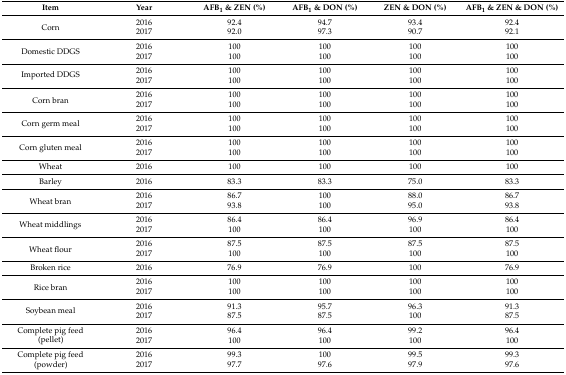
<table><thead><tr><td><b>Item</b></td><td><b>Year</b></td><td><b>AFB<sub>1</sub> &amp; ZEN (%)</b></td><td><b>AFB<sub>1</sub> &amp; DON (%)</b></td><td><b>ZEN &amp; DON (%)</b></td><td><b>AFB<sub>1</sub> &amp; ZEN &amp; DON (%)</b></td></tr></thead><tbody><tr><td rowspan="2">Corn</td><td>2016</td><td>92.4</td><td>94.7</td><td>93.4</td><td>92.4</td></tr><tr><td>2017</td><td>92.0</td><td>97.3</td><td>90.7</td><td>92.1</td></tr><tr><td rowspan="2">Domestic DDGS</td><td>2016</td><td>100</td><td>100</td><td>100</td><td>100</td></tr><tr><td>2017</td><td>100</td><td>100</td><td>100</td><td>100</td></tr><tr><td rowspan="2">Imported DDGS</td><td>2016</td><td>100</td><td>100</td><td>100</td><td>100</td></tr><tr><td>2017</td><td>100</td><td>100</td><td>100</td><td>100</td></tr><tr><td rowspan="2">Corn bran</td><td>2016</td><td>100</td><td>100</td><td>100</td><td>100</td></tr><tr><td>2017</td><td>100</td><td>100</td><td>100</td><td>100</td></tr><tr><td rowspan="2">Corn germ meal</td><td>2016</td><td>100</td><td>100</td><td>100</td><td>100</td></tr><tr><td>2017</td><td>100</td><td>100</td><td>100</td><td>100</td></tr><tr><td rowspan="2">Corn gluten meal</td><td>2016</td><td>100</td><td>100</td><td>100</td><td>100</td></tr><tr><td>2017</td><td>100</td><td>100</td><td>100</td><td>100</td></tr><tr><td>Wheat</td><td>2016</td><td>100</td><td>100</td><td>100</td><td>100</td></tr><tr><td>Barley</td><td>2016</td><td>83.3</td><td>83.3</td><td>75.0</td><td>83.3</td></tr><tr><td rowspan="2">Wheat bran</td><td>2016</td><td>86.7</td><td>100</td><td>88.0</td><td>86.7</td></tr><tr><td>2017</td><td>93.8</td><td>100</td><td>95.0</td><td>93.8</td></tr><tr><td rowspan="2">Wheat middlings</td><td>2016</td><td>86.4</td><td>86.4</td><td>96.9</td><td>86.4</td></tr><tr><td>2017</td><td>100</td><td>100</td><td>100</td><td>100</td></tr><tr><td rowspan="2">Wheat flour</td><td>2016</td><td>87.5</td><td>87.5</td><td>87.5</td><td>87.5</td></tr><tr><td>2017</td><td>100</td><td>100</td><td>100</td><td>100</td></tr><tr><td>Broken rice</td><td>2016</td><td>76.9</td><td>76.9</td><td>100</td><td>76.9</td></tr><tr><td rowspan="2">Rice bran</td><td>2016</td><td>100</td><td>100</td><td>100</td><td>100</td></tr><tr><td>2017</td><td>100</td><td>100</td><td>100</td><td>100</td></tr><tr><td rowspan="2">Soybean meal</td><td>2016</td><td>91.3</td><td>95.7</td><td>96.3</td><td>91.3</td></tr><tr><td>2017</td><td>87.5</td><td>87.5</td><td>100</td><td>87.5</td></tr><tr><td rowspan="2">Complete pig feed (pellet)</td><td>2016</td><td>96.4</td><td>96.4</td><td>99.2</td><td>96.4</td></tr><tr><td>2017</td><td>100</td><td>100</td><td>100</td><td>100</td></tr><tr><td rowspan="2">Complete pig feed (powder)</td><td>2016</td><td>99.3</td><td>100</td><td>99.5</td><td>99.3</td></tr><tr><td>2017</td><td>97.7</td><td>97.6</td><td>97.9</td><td>97.6</td></tr></tbody></table>